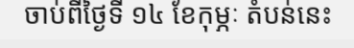
ចាប់ពីថ្ងៃទី ១៤ ខែកុម្ភៈ តំបន់នេះ